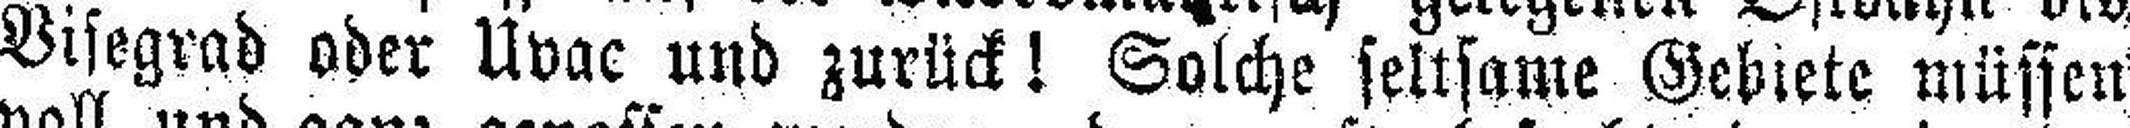
Visegrad oder Uvac und zurück! Solche seltsame Gebiete müssen